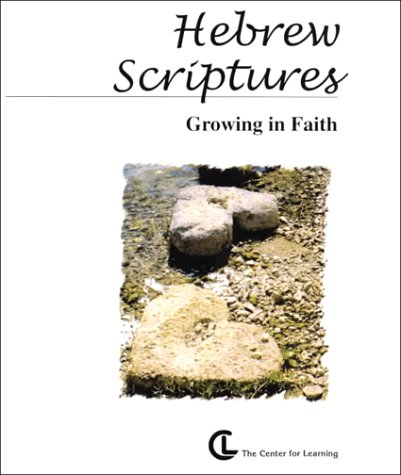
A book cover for Hebrew Scriptures: Growing in Faith; Teen & Young Adult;